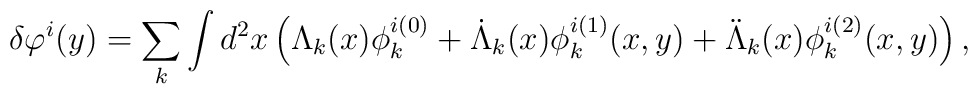
\delta \varphi^i (y) = \sum_k \int d^2 x \left( \Lambda_k (x) \phi_k^{i(0)} + \dot \Lambda_k (x) \phi_k^{i(1)} (x,y) + \ddot \Lambda_k (x) \phi_k^{i(2)} (x,y) \right ),